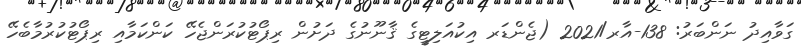
ގަވާއިދު ނަންބަރު: 138-އާރ/2021 (ޖެންޑަރ އިކުއަލިޓީގެ ޤާނޫނުގެ ދަށުން ރިޕޯޓުކުރަންޖެހޭ ކަންކަމާއި ރިޕޯޓުކުރުމާބެހޭ